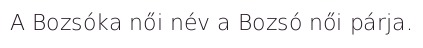
A Bozsóka női név a Bozsó női párja.